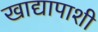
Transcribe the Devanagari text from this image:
खाद्यापाशी